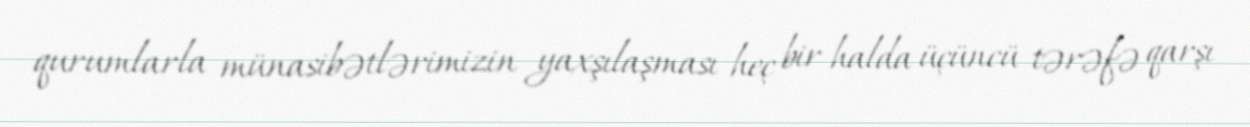
qurumlarla münasibətlərimizin yaxşılaşması heç bir halda üçüncü tərəfə qarşı